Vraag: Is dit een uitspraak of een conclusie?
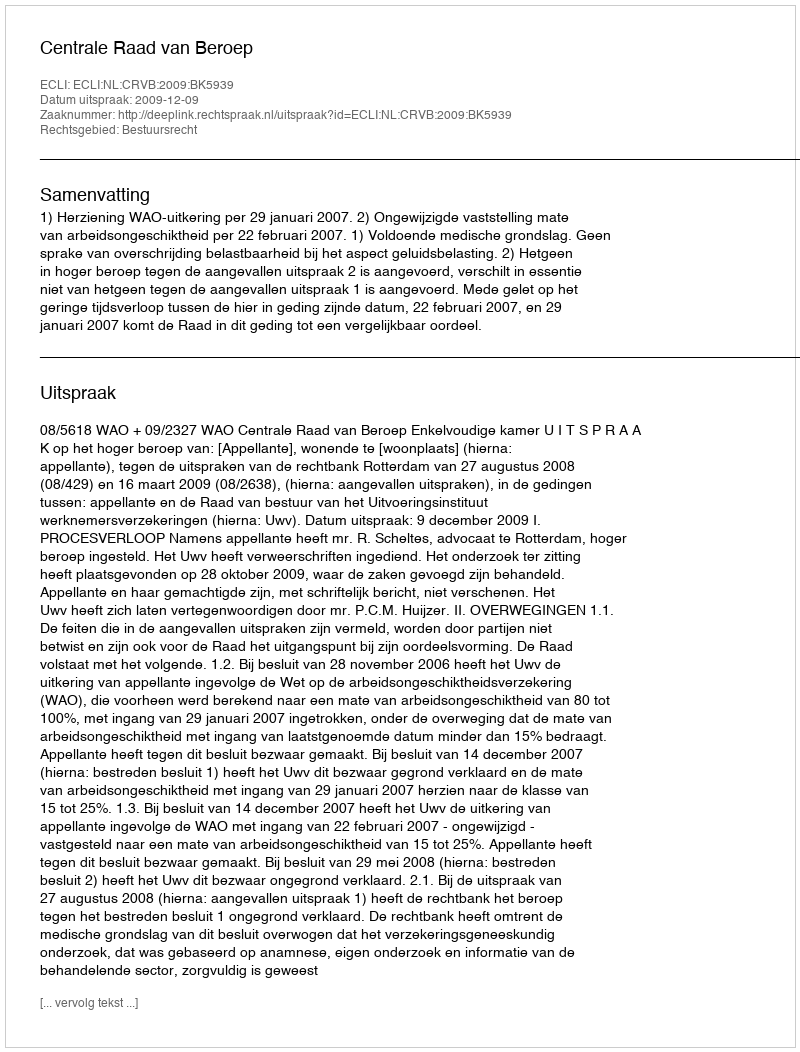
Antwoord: Uitspraak